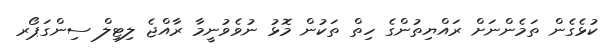
ކުޅެގެން ތަމެންނަށް ރައްޔިތުންގެ ހިތް ތަކުން މޮޅު ނުވެވުނީމާ ރާއްޖެ ލިޓިލް ސިންގަޕޯރ